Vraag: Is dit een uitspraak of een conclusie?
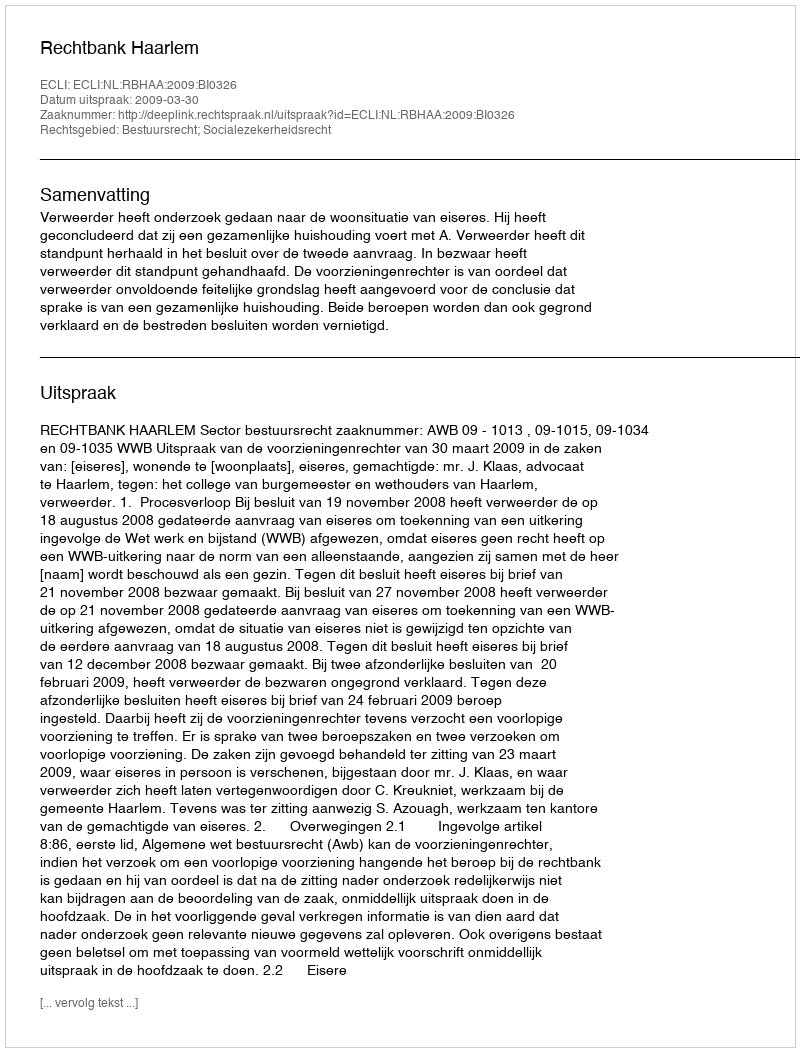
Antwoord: Uitspraak